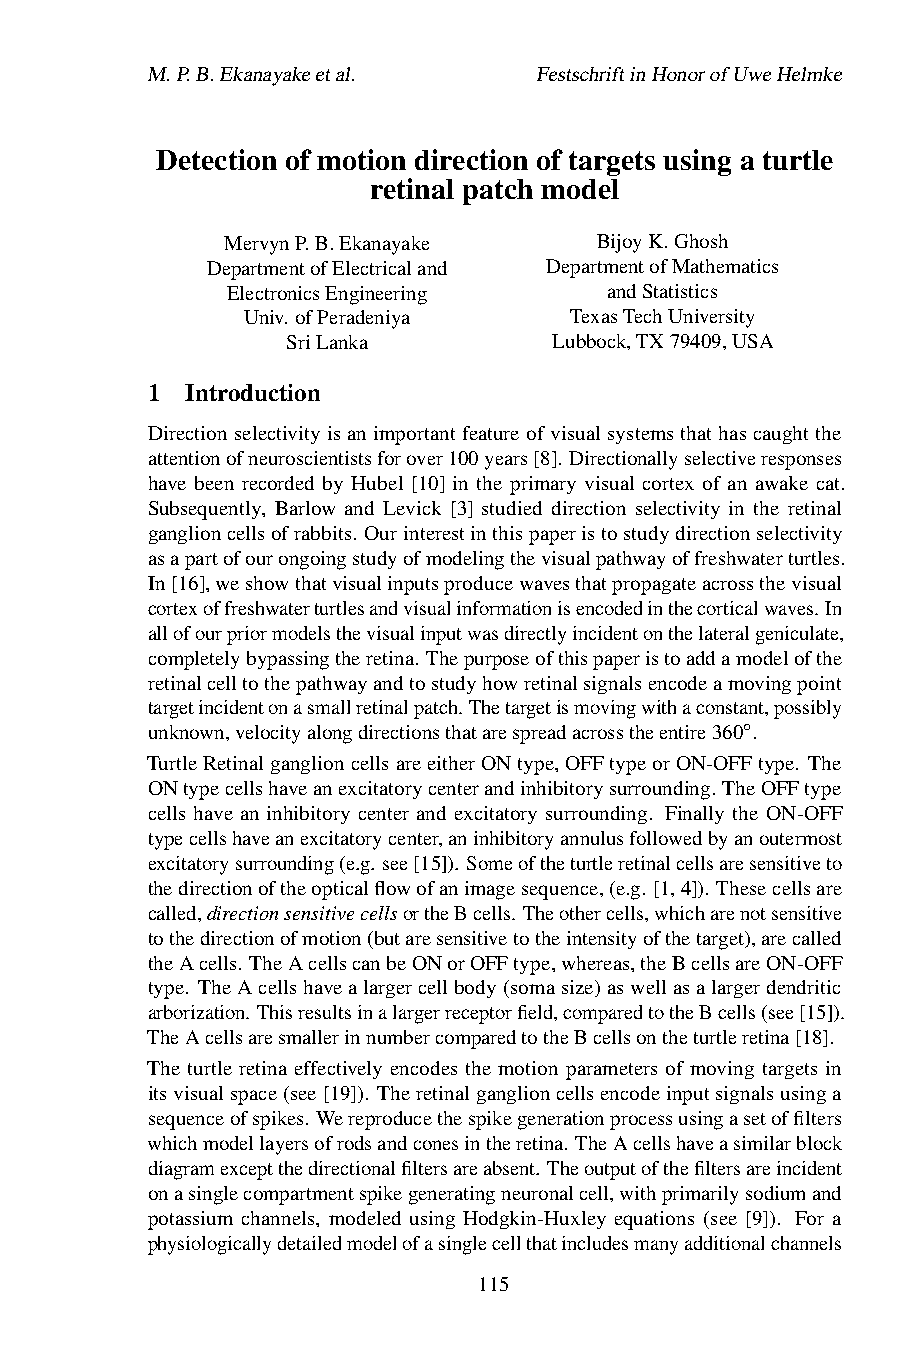
M.P.B.Ekanayakeetal.      FestschriftinHonorofUweHelmke
 Detection of motion direction of targets using a turtle
 retinal patch model
 MervynP.B.Ekanayake     BijoyK.Ghosh
 DepartmentofElectricaland DepartmentofMathematics
 ElectronicsEngineering   andStatistics
 Univ. ofPeradeniya    TexasTechUniversity
 SriLanka          Lubbock,TX79409,USA
 1 Introduction
 Directionselectivityisanimportantfeatureofvisualsystemsthathascaughtthe
 attentionofneuroscientistsforover100years[8]. Directionallyselectiveresponses
 have been recorded by Hubel [10] in the primary visual cortex of an awake cat.
 Subsequently, Barlow and Levick [3] studied direction selectivity in the retinal
 ganglioncellsofrabbits. Ourinterestinthispaperistostudydirectionselectivity
 asapartofourongoingstudyofmodelingthevisualpathwayoffreshwaterturtles.
 In[16],weshowthatvisualinputsproducewavesthatpropagateacrossthevisual
 cortexoffreshwaterturtlesandvisualinformationisencodedinthecorticalwaves.In
 allofourpriormodelsthevisualinputwasdirectlyincidentonthelateralgeniculate,
 completelybypassingtheretina. Thepurposeofthispaperistoaddamodelofthe
 retinalcelltothepathwayandtostudyhowretinalsignalsencodeamovingpoint
 targetincidentonasmallretinalpatch. Thetargetismovingwithaconstant,possibly
 unknown,velocityalongdirectionsthatarespreadacrosstheentire360 .
 TurtleRetinalganglioncellsareeitherONtype,OFFtypeorON-OFF○ type. The
 ONtypecellshaveanexcitatorycenterandinhibitorysurrounding. TheOFFtype
 cells have an inhibitory center and excitatory surrounding. Finally the ON-OFF
 typecellshaveanexcitatorycenter,aninhibitoryannulusfollowedbyanoutermost
 excitatorysurrounding(e.g. see[15]). Someoftheturtleretinalcellsaresensitiveto
 thedirectionoftheopticalflowofanimagesequence,(e.g. [1,4]). Thesecellsare
 called,directionsensitivecellsortheBcells. Theothercells,whicharenotsensitive
 tothedirectionofmotion(butaresensitivetotheintensityofthetarget),arecalled
 theAcells. TheAcellscanbeONorOFFtype,whereas,theBcellsareON-OFF
 type. TheAcellshavealargercellbody(somasize)aswellasalargerdendritic
 arborization. Thisresultsinalargerreceptorfield,comparedtotheBcells(see[15]).
 TheAcellsaresmallerinnumbercomparedtotheBcellsontheturtleretina[18].
 The turtle retina effectively encodes the motion parameters of moving targets in
 itsvisualspace(see[19]). Theretinalganglioncellsencodeinputsignalsusinga
 sequenceofspikes. Wereproducethespikegenerationprocessusingasetoffilters
 whichmodellayersofrodsandconesintheretina. TheAcellshaveasimilarblock
 diagramexceptthedirectionalfiltersareabsent. Theoutputofthefiltersareincident
 onasinglecompartmentspikegeneratingneuronalcell,withprimarilysodiumand
 potassium channels, modeled using Hodgkin-Huxley equations (see [9]). For a
 physiologicallydetailedmodelofasinglecellthatincludesmanyadditionalchannels
 115